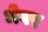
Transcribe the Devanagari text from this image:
धेवर